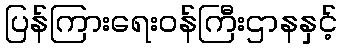
ပြန်ကြားရေးဝန်ကြီးဌာနနှင့်